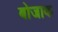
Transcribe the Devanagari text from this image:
बोजाक